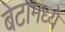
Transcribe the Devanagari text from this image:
बेटामध्ये